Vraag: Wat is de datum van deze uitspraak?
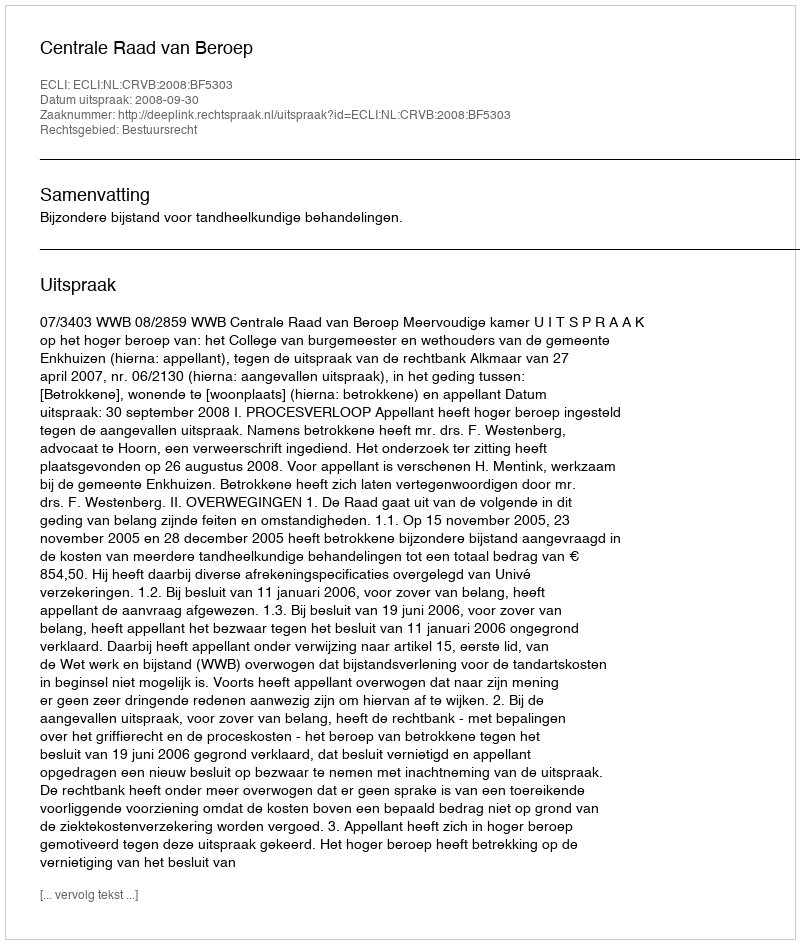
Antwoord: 2008-09-30